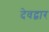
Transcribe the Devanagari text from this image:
देवद्वार